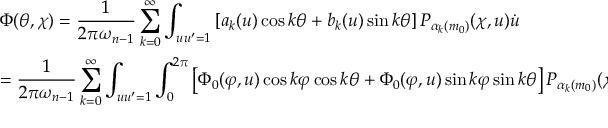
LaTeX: \begin{array} { l } { { \Phi ( \theta , \chi ) = \displaystyle \frac { 1 } { 2 \pi \omega _ { n - 1 } } \sum _ { k = 0 } ^ { \infty } \int _ { u u ^ { \prime } = 1 } \left[ a _ { k } ( u ) \cos k \theta + b _ { k } ( u ) \sin k \theta \right] P _ { \alpha _ { k } ( m _ { 0 } ) } ( \chi , u ) \dot { u } } } \\ { { = \displaystyle \frac { 1 } { 2 \pi \omega _ { n - 1 } } \sum _ { k = 0 } ^ { \infty } \int _ { u u ^ { \prime } = 1 } \int _ { 0 } ^ { 2 \pi } \left[ \Phi _ { 0 } ( \varphi , u ) \cos k \varphi \cos k \theta + \Phi _ { 0 } ( \varphi , u ) \sin k \varphi \sin k \theta \right] P _ { \alpha _ { k } ( m _ { 0 } ) } ( \chi , u ) d \varphi \dot { u } ~ , } } \end{array}